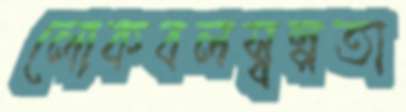
লোকবলস্বল্পতা